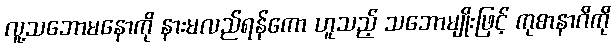
လူ့သဘောမနောကို နားမလည်ရန်ကော ဟူသည့် သဘောမျိုးဖြင့် ကုစာနာဂိကို